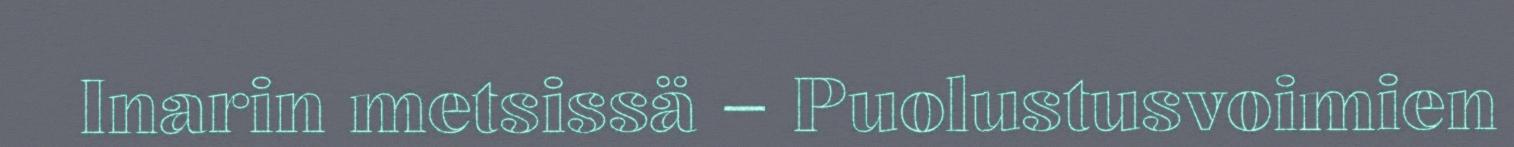
Inarin metsissä – Puolustusvoimien